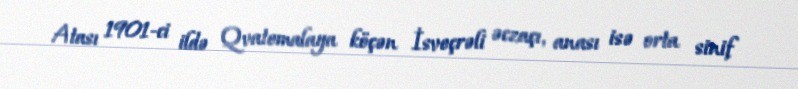
Atası 1901-ci ildə Qvatemalaya köçən İsveçrəli əczaçı, anası isə orta sinif